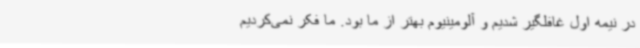
در نیمه اول غافلگیر شدیم و آلومینیوم بهتر از ما بود. ما فکر نمی‌کردیم